Civil Veterinary Dept. Bombay admin report 1923-31 - 1923-1931
Year: 1923
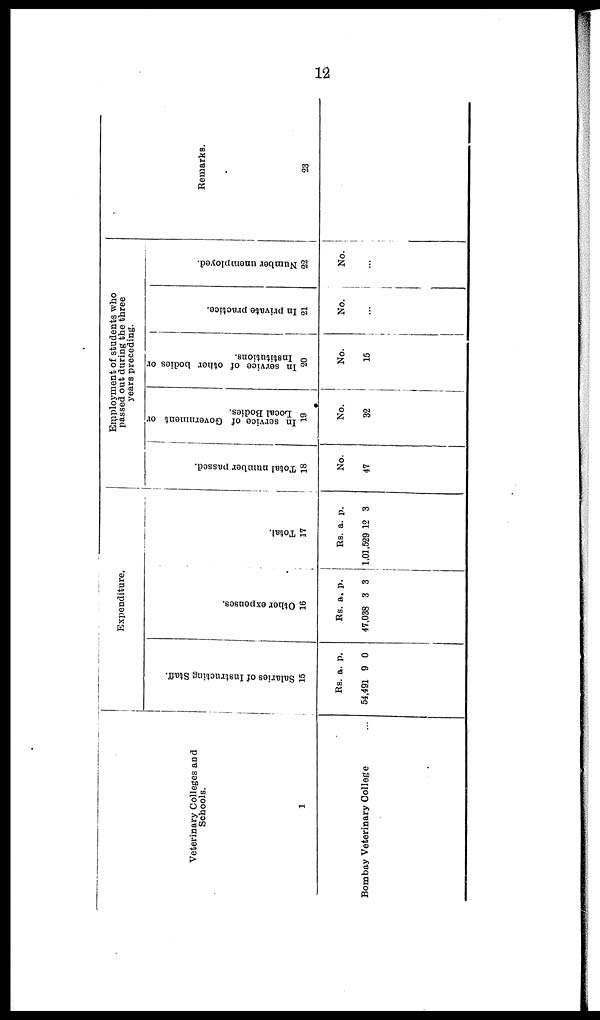
12
Veterinary Colleges and
Schools.
1
Bombay Veterinary College ...
Expenditure.
Salaries of Instructing Staff.
15
Rs.
54,491
a.
9
p.
0
Other expenses.
16
Rs.
47,038
a.
3
p.
3
Tot al .
17
Rs.
1,01,529
a.
12
p.
3
Employment of students who
passed out during the three
years preceding.
Total number passed.
18
No.
47
In service of Government or
Local Bodies.
19
No.
32
In service of other bodies or
Institutions.
20
No.
15
In private practice.
21
No.
...
Number unemployed.
22
No.
...
Remarks.
23